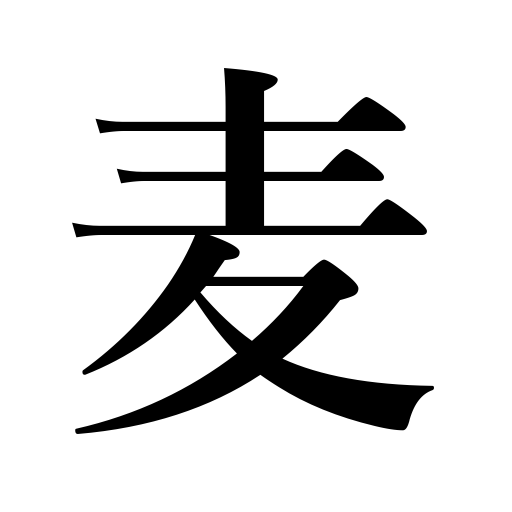
Meanings: barley,rye,oats,wheat